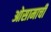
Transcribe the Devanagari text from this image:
ओसामाची